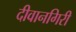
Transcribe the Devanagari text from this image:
दीवानगिरी